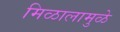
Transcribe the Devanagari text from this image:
मिळालामुळे